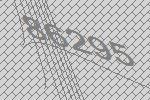
86295